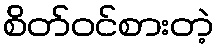
စိတ်ဝင်စားတဲ့